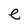
Character: e